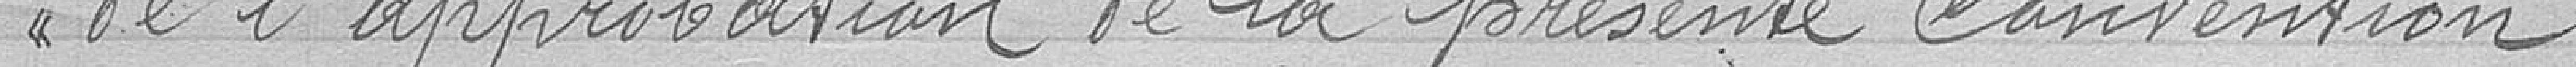
de l'approbation de la présente convention